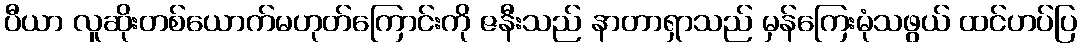
ပီယာ လူဆိုးတစ်ယောက်မဟုတ်ကြောင်းကို ဇနီးသည် နာတာရှာသည် မှန်ကြေးမုံသဖွယ် ထင်ဟပ်ပြ